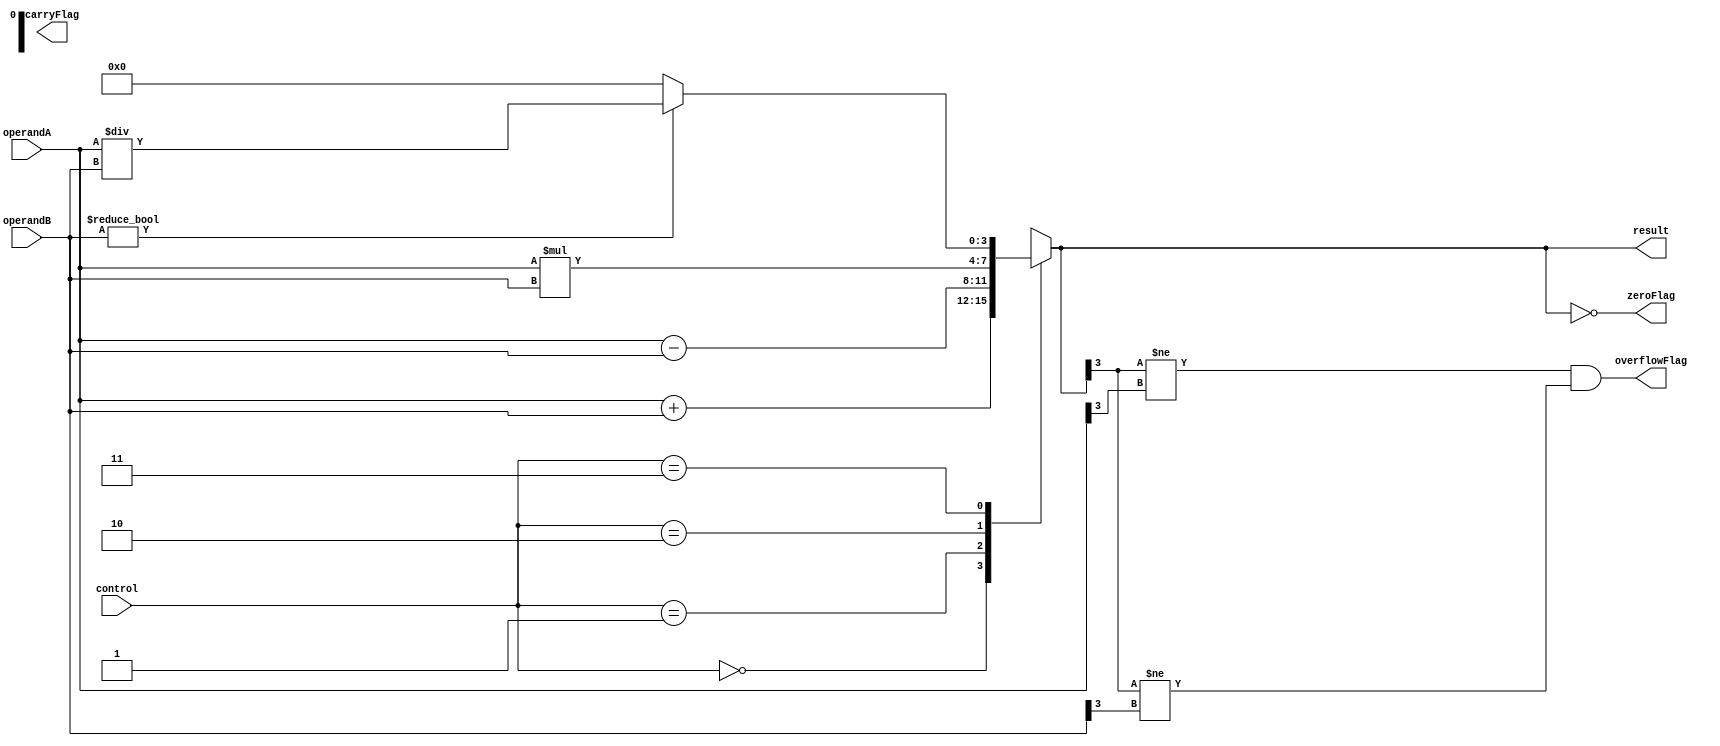
module ALU (
    input [3:0] operandA,
    input [3:0] operandB,
    input [1:0] control, // 00: addition, 01: subtraction, 10: multiplication, 11: division
    output reg [3:0] result,
    output reg zeroFlag,
    output reg carryFlag,
    output reg overflowFlag
);

always @(*)
begin
    case(control)
        2'b00: // addition
            result = operandA + operandB;
        2'b01: // subtraction
            result = operandA - operandB;
        2'b10: // multiplication
            result = operandA * operandB;
        2'b11: // division
        begin
            if(operandB != 4'b0)
                result = operandA / operandB;
            else
                result = 4'b0;
        end
    endcase

    zeroFlag = (result == 4'b0);
    carryFlag = (result[4] == 1);
    overflowFlag = (result[3] != operandA[3] && result[3] != operandB[3]);
end

endmodule